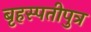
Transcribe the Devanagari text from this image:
बृहस्पतीपुत्र